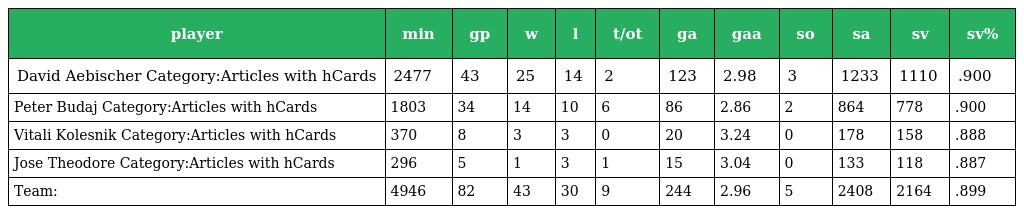
| player | min | gp | w | l | t/ot | ga | gaa | so | sa | sv | sv% |
 | --- | --- | --- | --- | --- | --- | --- | --- | --- | --- | --- | --- |
 | David Aebischer Category:Articles with hCards | 2477 | 43 | 25 | 14 | 2 | 123 | 2.98 | 3 | 1233 | 1110 | .900 |
 | Peter Budaj Category:Articles with hCards | 1803 | 34 | 14 | 10 | 6 | 86 | 2.86 | 2 | 864 | 778 | .900 |
 | Vitali Kolesnik Category:Articles with hCards | 370 | 8 | 3 | 3 | 0 | 20 | 3.24 | 0 | 178 | 158 | .888 |
 | Jose Theodore Category:Articles with hCards | 296 | 5 | 1 | 3 | 1 | 15 | 3.04 | 0 | 133 | 118 | .887 |
 | Team: | 4946 | 82 | 43 | 30 | 9 | 244 | 2.96 | 5 | 2408 | 2164 | .899 |